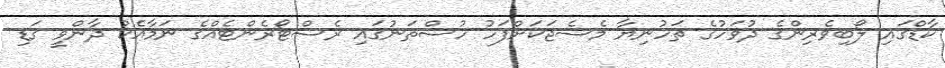
ކާޑްގައި ލޯބިވެރިންގެ ދުވަހުގެ ތަހުނިޔާ މެސެޖަކަށްފަހު ހުސްތަނުގައި ރެސްޓޯރެންޓެއްގެ ނަމާއެކު ދާންވީ ގަޑި